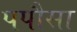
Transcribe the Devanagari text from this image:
पपौसा